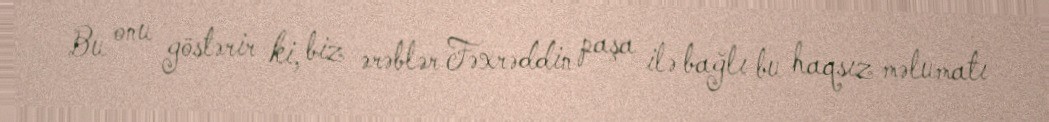
Bu onu göstərir ki, biz ərəblər Fəxrəddin paşa ilə bağlı bu haqsız məlumatı